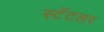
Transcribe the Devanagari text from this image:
स्टॅटलर